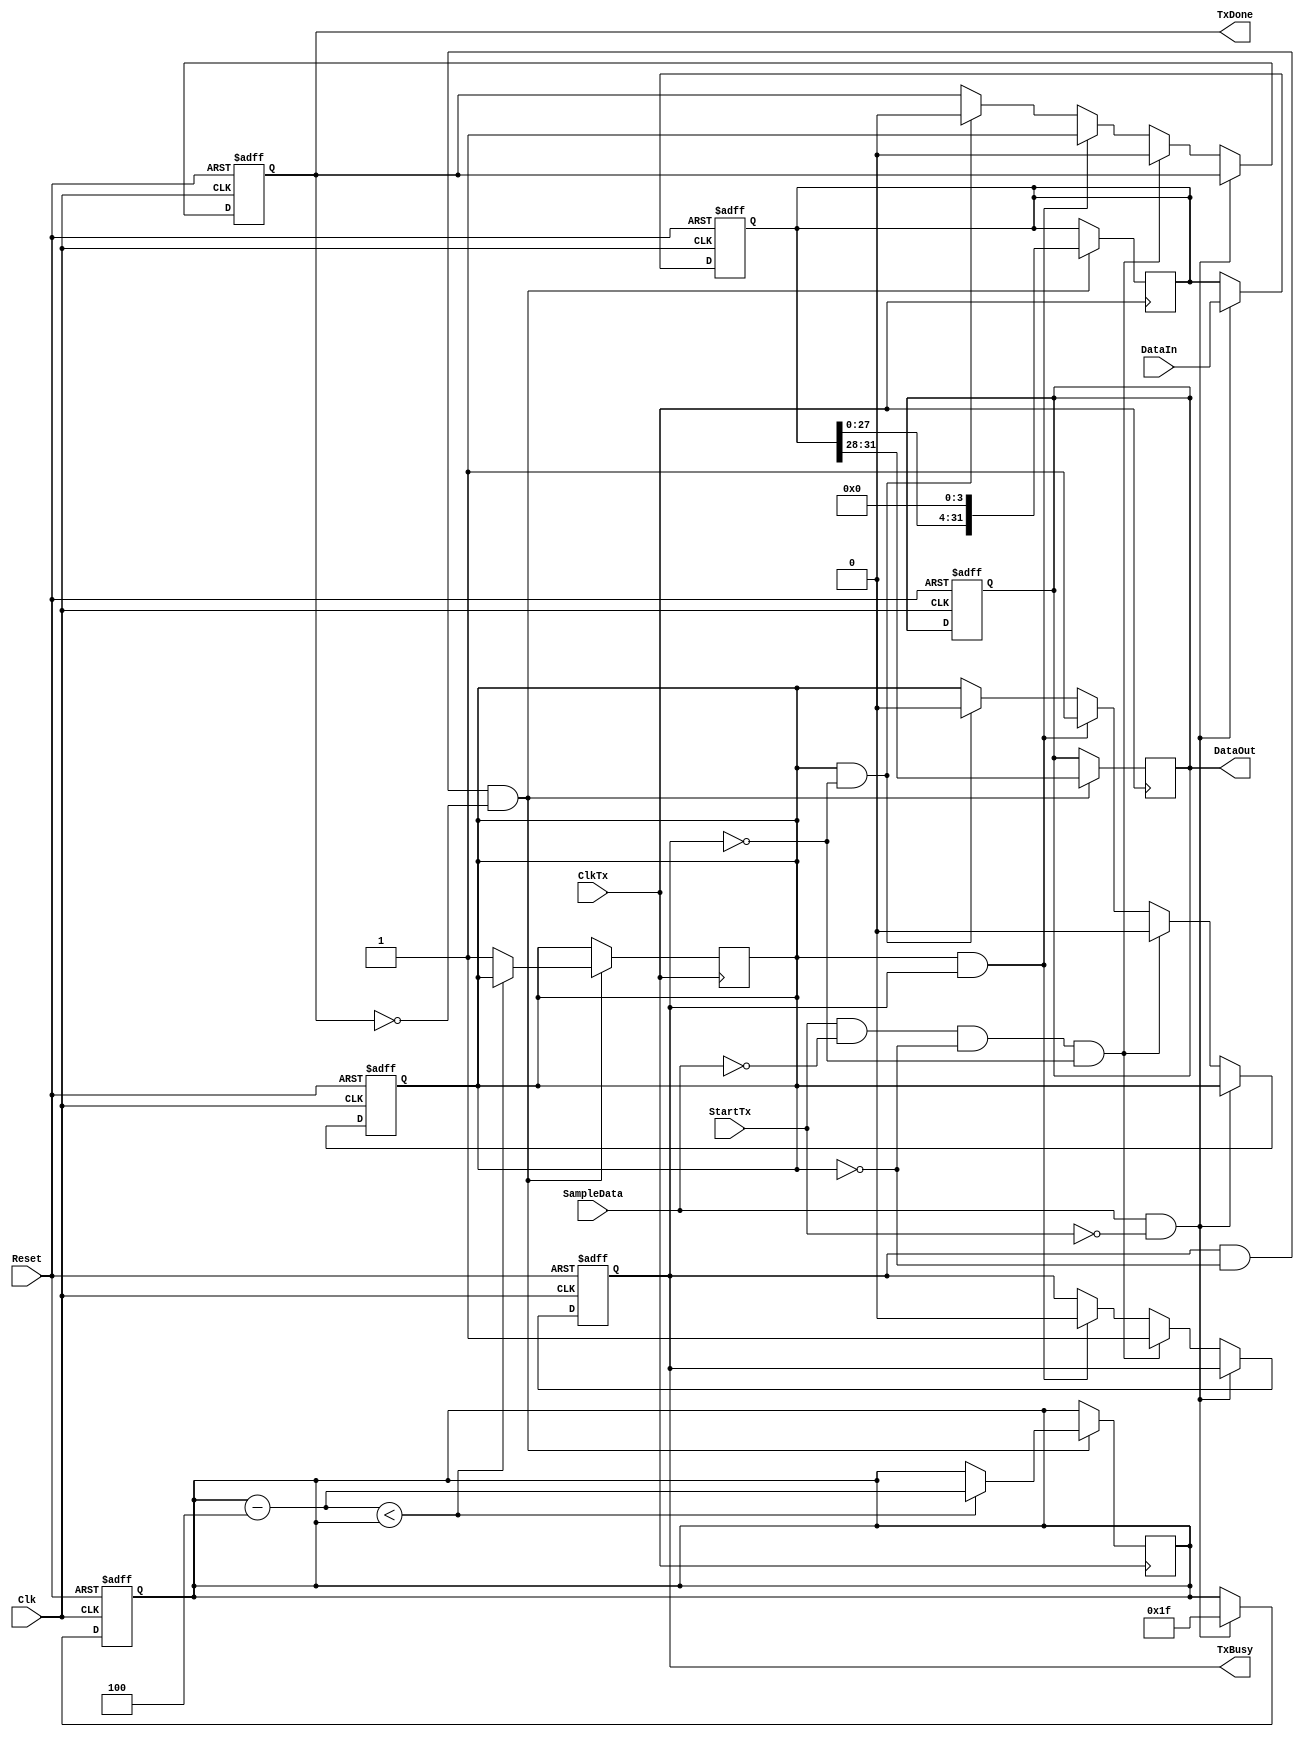
module SerialTransceiver#(parameter DinLENGTH = 32, SIZE = 4)
(   input   [DinLENGTH-1:0]     DataIn,
    input                       SampleData,
    input                       StartTx,
    input                       Reset,
    input                       Clk,
    input                       ClkTx,
    output reg                  TxBusy,
    output reg                  TxDone,
 	output reg	[SIZE-1:0]      DataOut
);
    reg    [DinLENGTH-1:0]      RegBank;
    reg    [DinLENGTH-1:0]      RegCounter = 0;
    reg                         TxFlag = 0;

    always @(posedge Clk, posedge Reset)
    if(Reset)begin
        TxBusy = 0;
        RegBank = 0;
        TxDone = 0;
        RegCounter = 0;
      	DataOut = 0;
        TxFlag = 0;
    end
    else begin
        if(SampleData && !StartTx)begin
            RegBank = DataIn;
            RegCounter = DinLENGTH - 1; 
        end
      else if(StartTx && !SampleData && !TxFlag && !TxBusy)begin
            TxBusy = 1;
            TxDone = 0;
        	TxFlag = 0;
        end
      else if(TxFlag && TxBusy) begin
            TxDone = 1;
            TxBusy = 0;
        	TxFlag = 1;
        end
      else if(TxFlag && !TxBusy) begin
            TxDone = 0;
        	TxFlag = 0;
        end


    end
    always @(posedge ClkTx) begin
      if(TxBusy && !TxFlag && !TxDone) begin
        if(RegCounter - SIZE < RegCounter) begin
          DataOut <= RegBank[DinLENGTH - 1: DinLENGTH-SIZE];
            RegBank <= RegBank << SIZE;
            RegCounter <= RegCounter - SIZE;
        end
        else 
            begin 
                DataOut <= RegBank[DinLENGTH - 1: DinLENGTH-SIZE];
                TxFlag <= 1;
                RegBank <= RegBank << SIZE;
            end
        end
    end
endmodule